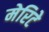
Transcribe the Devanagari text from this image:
मेरिटे